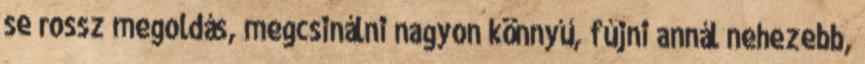
se rossz megoldás, megcsinálni nagyon könnyű, fújni annál nehezebb,